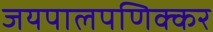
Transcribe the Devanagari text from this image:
जयपालपणिक्कर